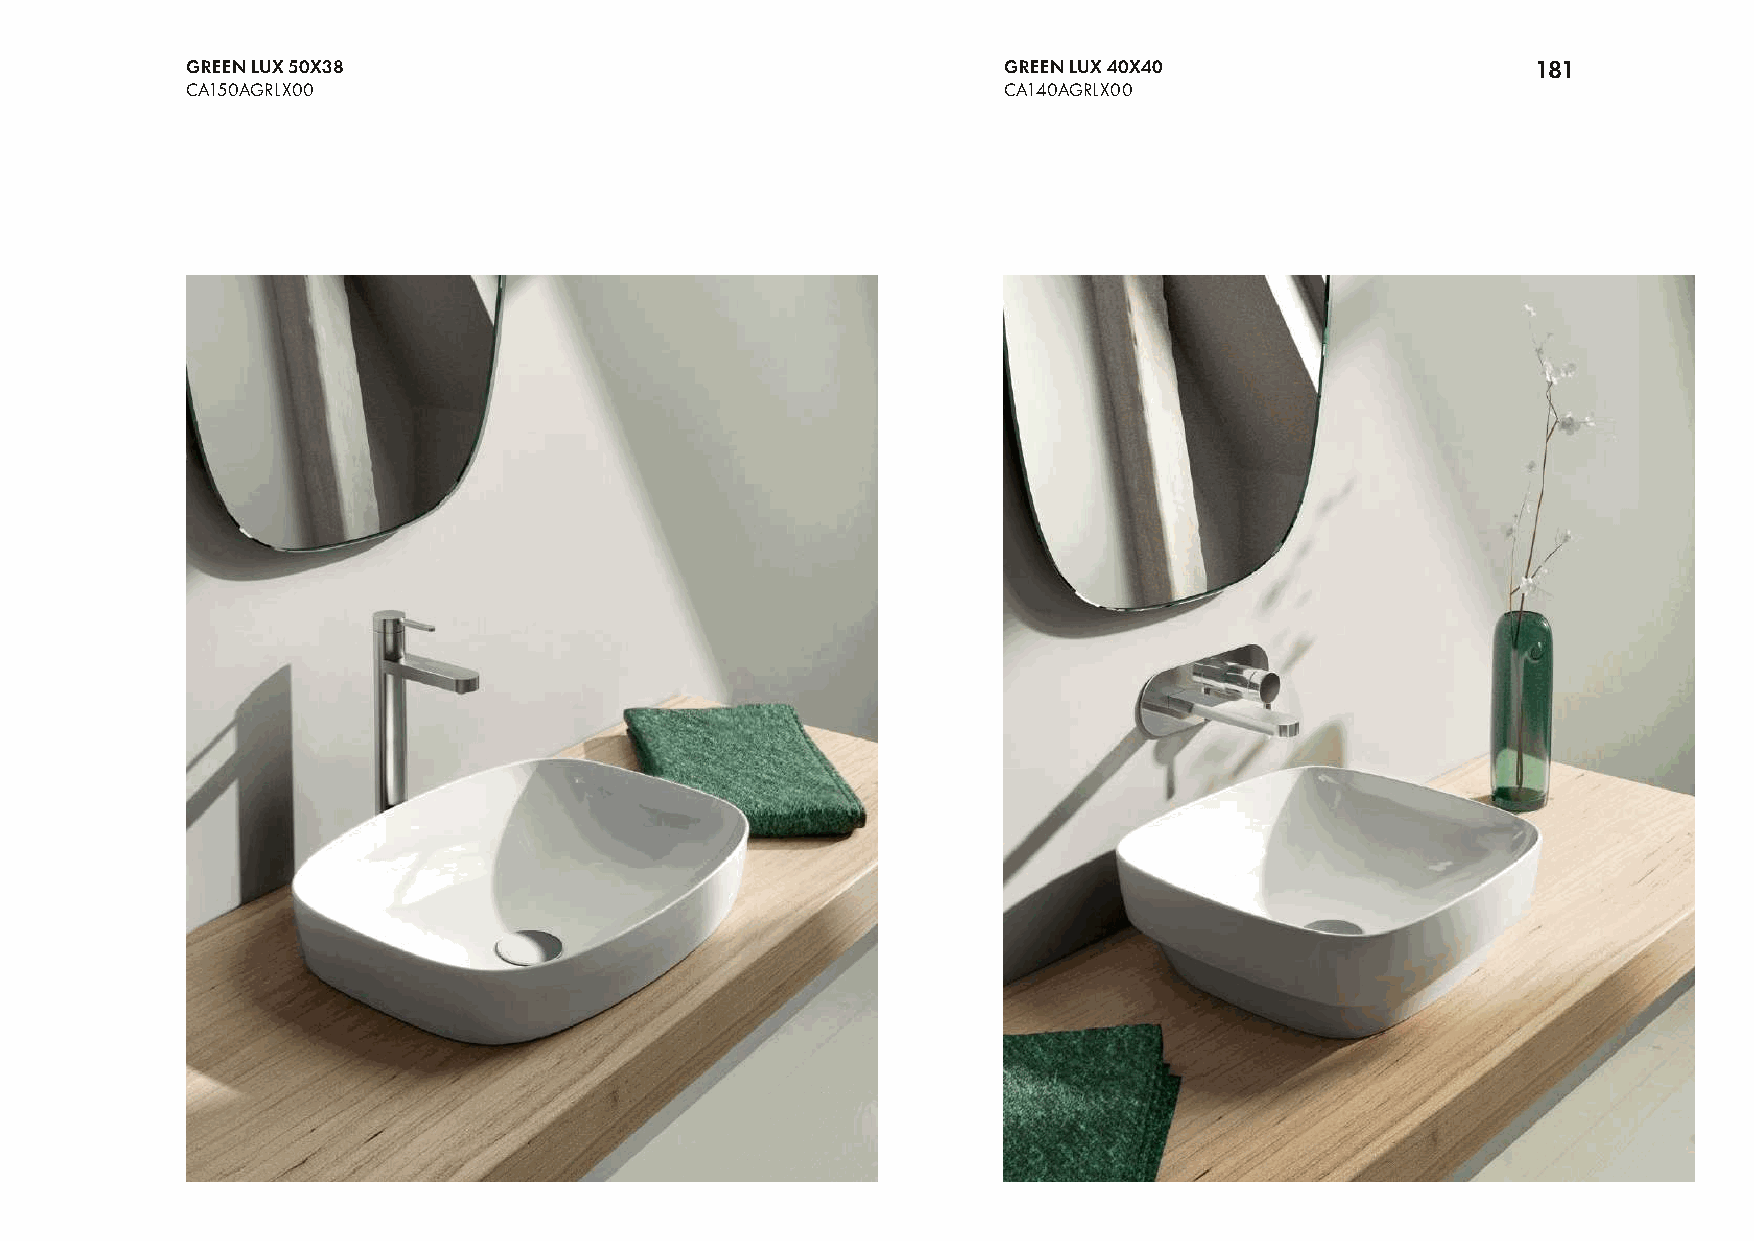
GREEN LUX 50X38                                       GREEN LUX 40X40                     181
 CA150AGRLX00                                          CA140AGRLX00